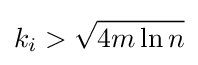
k_{i}>{\sqrt {4m\ln n}}